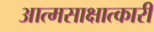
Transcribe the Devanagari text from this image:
आत्मसाक्षात्कारी